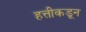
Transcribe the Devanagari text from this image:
हत्तीकडून